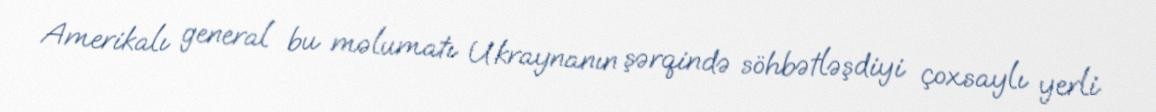
Amerikalı general bu məlumatı Ukraynanın şərqində söhbətləşdiyi çoxsaylı yerli